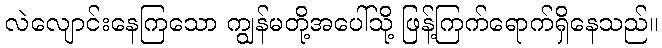
လဲလျောင်းနေကြသော ကျွန်မတို့အပေါ်သို့ ဖြန့်ကြက်ရောက်ရှိနေသည်။